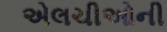
એલચીઓની